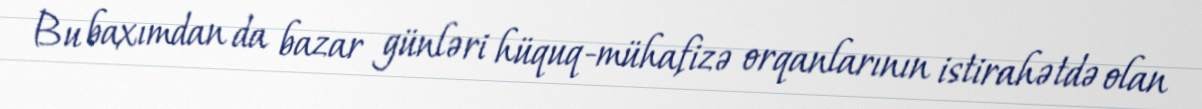
Bu baxımdan da bazar günləri hüquq-mühafizə orqanlarının istirahətdə olan